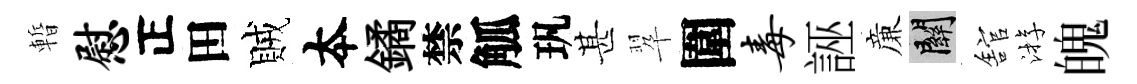
暫慰正田賊夲鐍禁觚㺬甚翆圍毒誣亷關舘㳺魄